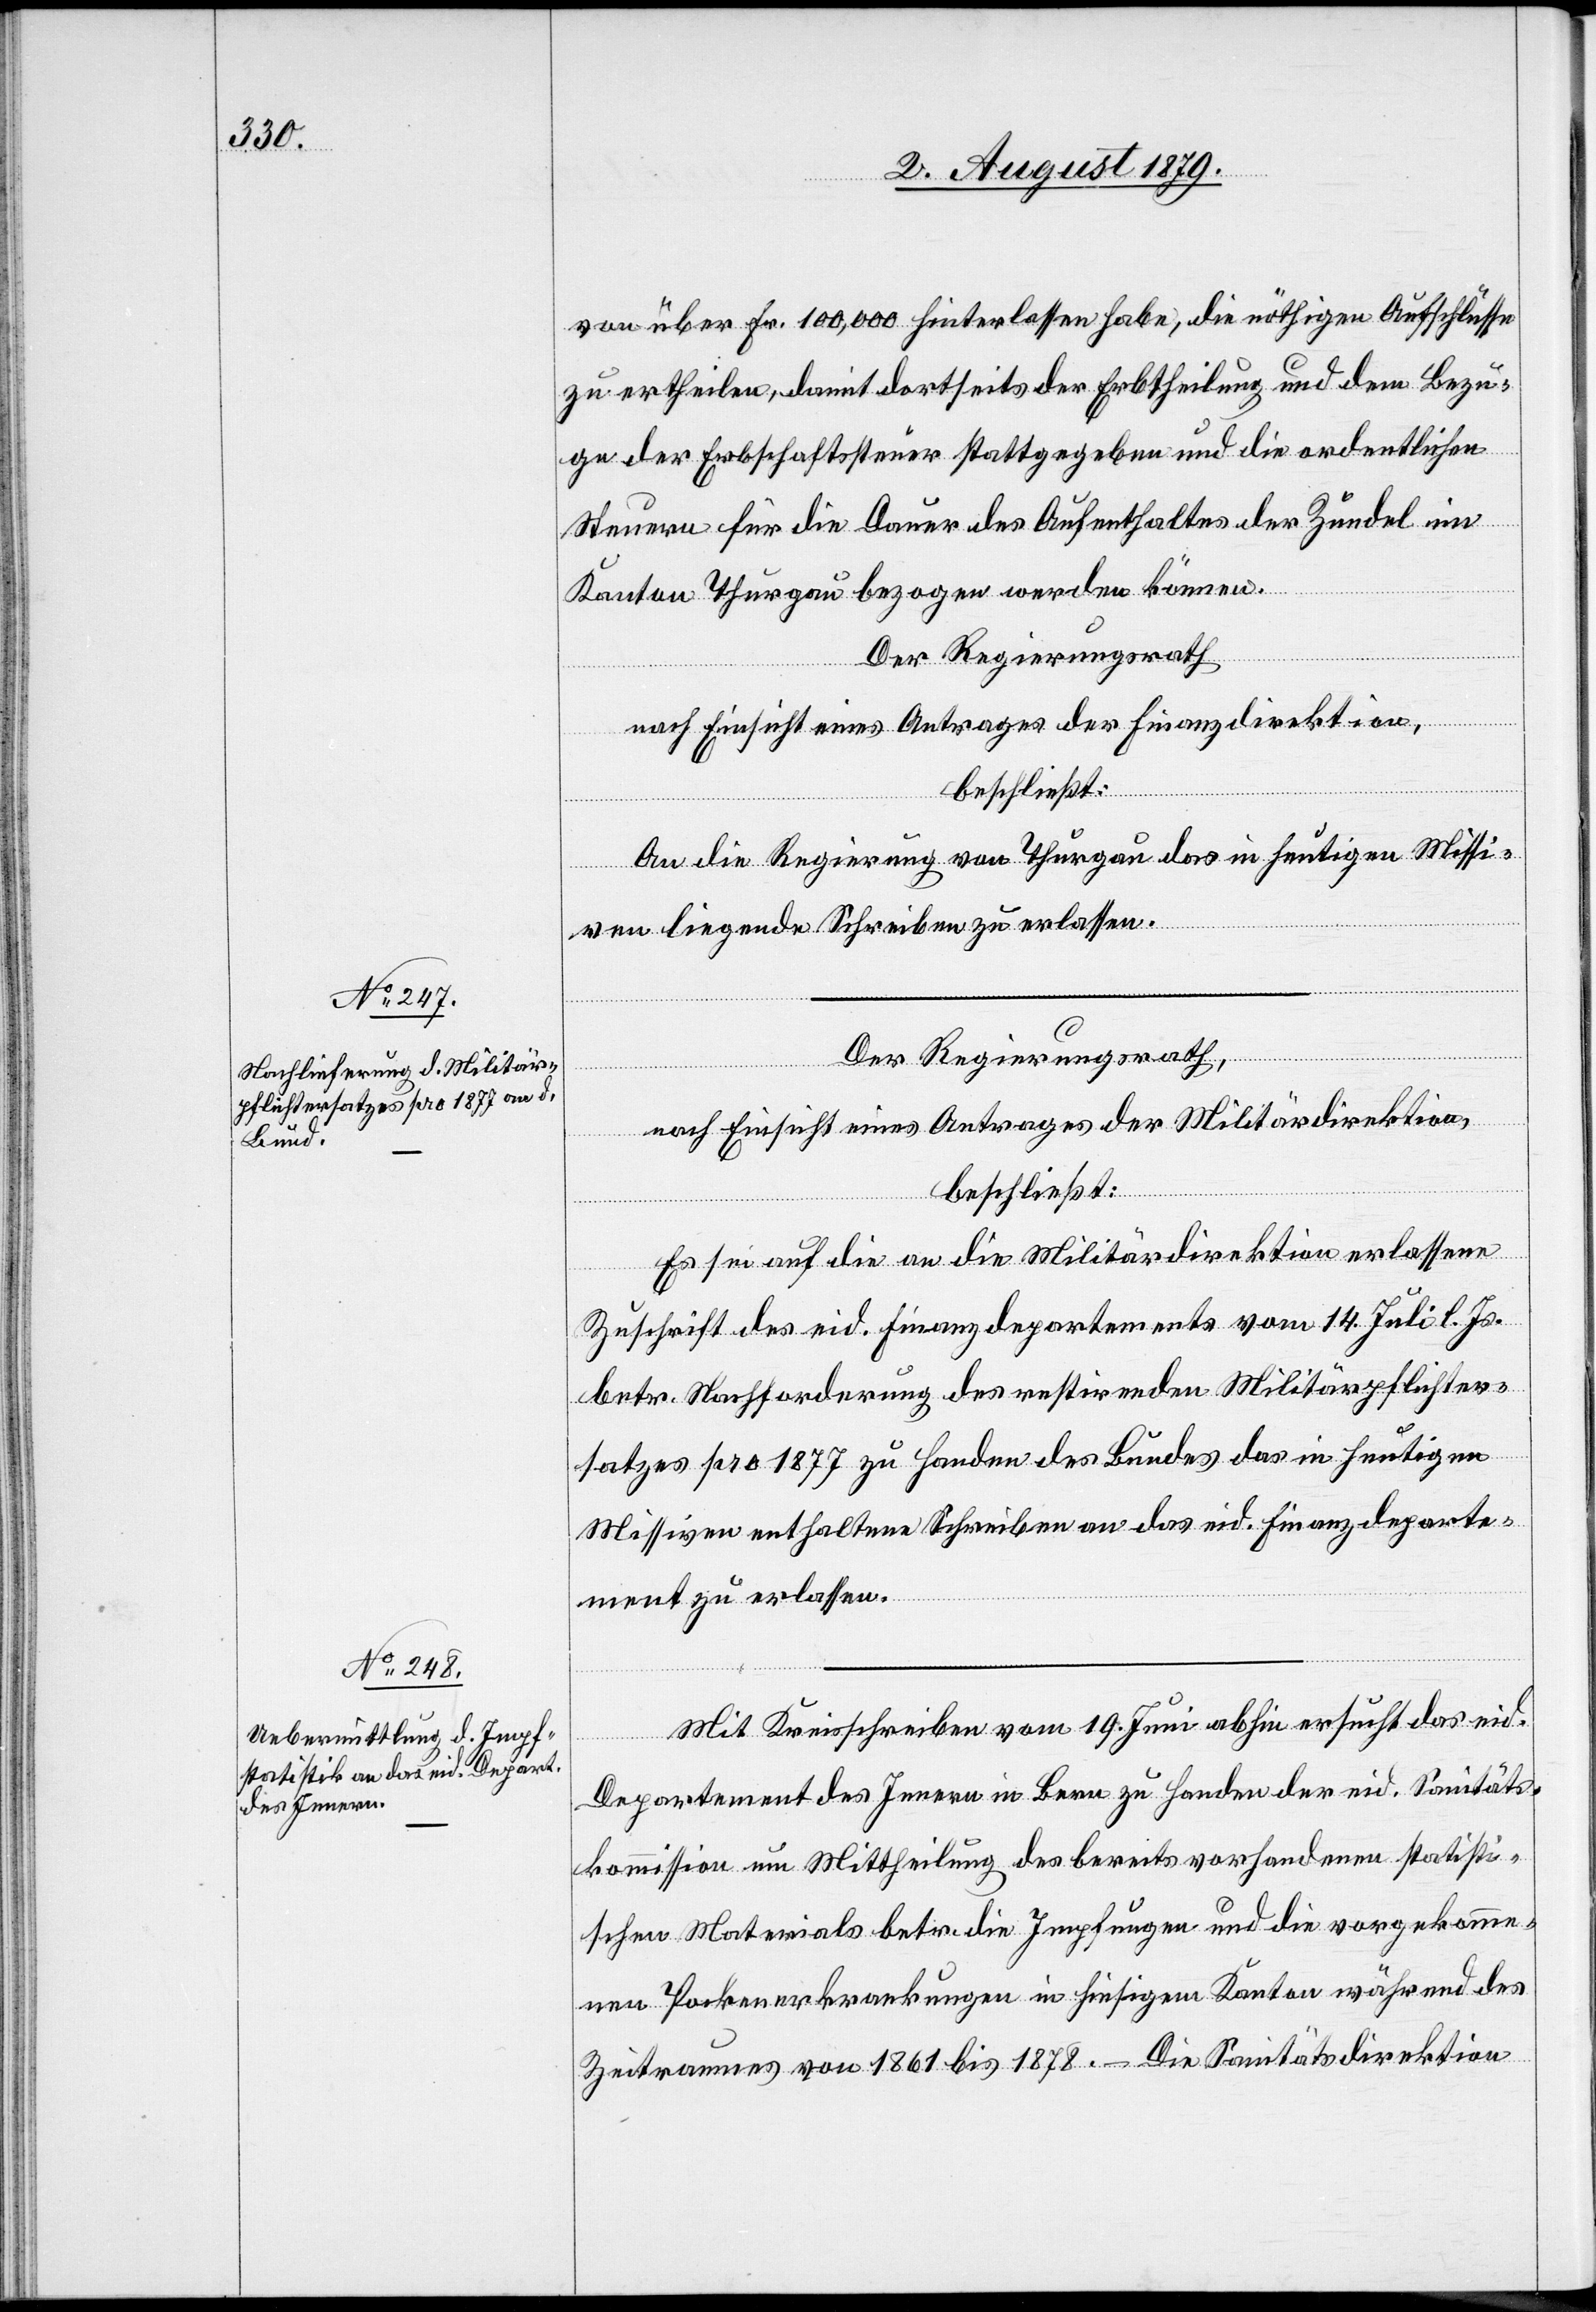
von über Fr. 100,000 hinterlassen habe, die nöthigen Aufschlüsse
zu ertheilen, damit dortseits der Erbtheilung und dem Bezü¬
ge der Erbschaftssteuer stattgegeben und die ordentlichen
Steuern für die Dauer des Aufenthaltes der Zundel im
Kanton Thurgau bezogen werden können.
Der Regierungsrath
nach Einsicht eines Antrages der Finanzdirektion,
beschließt:
An die Regierung von Thurgau das in heutigen Missi¬
ven liegende Schreiben zu erlassen.
Der Regierungsrath,
nach Einsicht eines Antrages der Militärdirektion,
beschließt:
Es sei auf die an die Militärdirektion erlassene
Zuschrift des eid. Finanzdepartements vom 14. Juli l. Js.
betr. Nachforderung des restirenden Militärpflichter¬
satzes pro 1877 zu Handen des Bundes das in heutigen
Missiven enthaltene Schreiben an das eid. Finanzdeparte¬
ment zu erlassen.
Mit Kreisschreiben vom 19. Juni abhin ersucht das eid.
Departement des Innern in Bern zu Handen der eid. Sanitäts¬
kommission um Mittheilung des bereits vorhandenen statisti¬
schen Materials betr. die Impfungen und die vorgekomme¬
nen Pockenerkrankungen in hiesigem Kanton während des
Zeitraumes von 1861 bis 1878. – Die Sanitätsdirektion